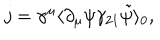
LaTeX: j = \gamma ^ { \mu } \langle \partial _ { \mu } \psi \gamma _ { 2 1 } \tilde { \psi } \rangle _ { 0 } ,